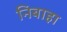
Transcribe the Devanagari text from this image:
निबाहा